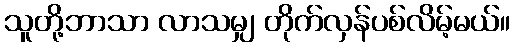
သူတို့ဘာသာ လာသမျှ တိုက်လှန်ပစ်လိမ့်မယ်။